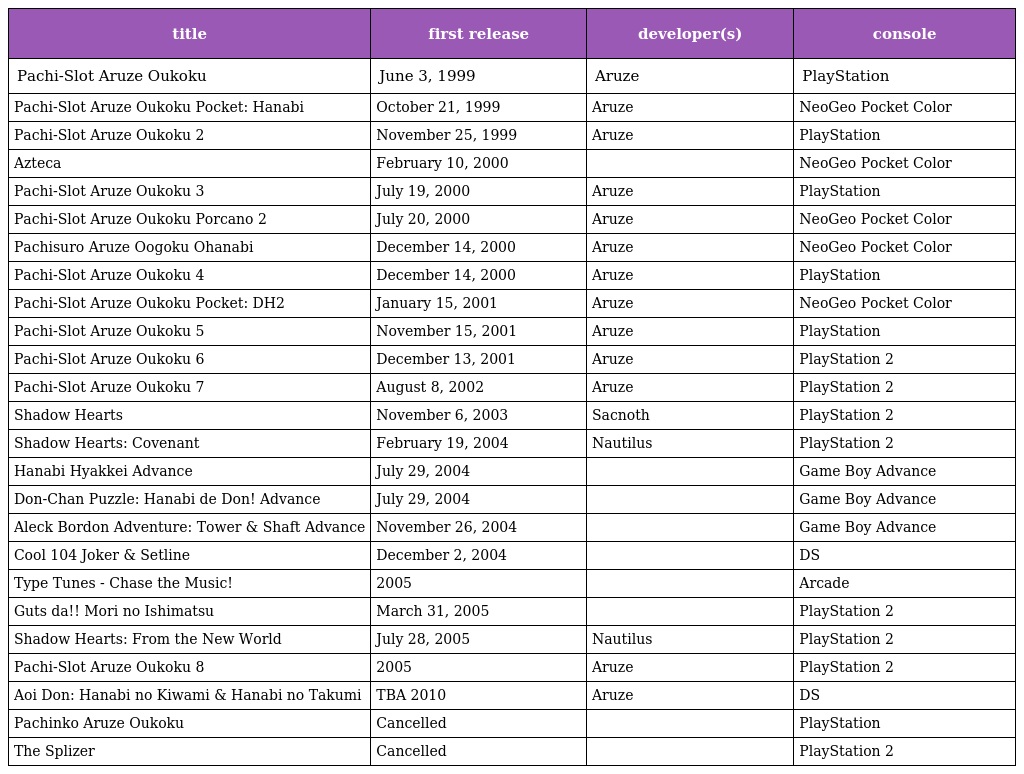
| title | first release | developer(s) | console |
 | --- | --- | --- | --- |
 | Pachi-Slot Aruze Oukoku | June 3, 1999 | Aruze | PlayStation |
 | Pachi-Slot Aruze Oukoku Pocket: Hanabi | October 21, 1999 | Aruze | NeoGeo Pocket Color |
 | Pachi-Slot Aruze Oukoku 2 | November 25, 1999 | Aruze | PlayStation |
 | Azteca | February 10, 2000 |  | NeoGeo Pocket Color |
 | Pachi-Slot Aruze Oukoku 3 | July 19, 2000 | Aruze | PlayStation |
 | Pachi-Slot Aruze Oukoku Porcano 2 | July 20, 2000 | Aruze | NeoGeo Pocket Color |
 | Pachisuro Aruze Oogoku Ohanabi | December 14, 2000 | Aruze | NeoGeo Pocket Color |
 | Pachi-Slot Aruze Oukoku 4 | December 14, 2000 | Aruze | PlayStation |
 | Pachi-Slot Aruze Oukoku Pocket: DH2 | January 15, 2001 | Aruze | NeoGeo Pocket Color |
 | Pachi-Slot Aruze Oukoku 5 | November 15, 2001 | Aruze | PlayStation |
 | Pachi-Slot Aruze Oukoku 6 | December 13, 2001 | Aruze | PlayStation 2 |
 | Pachi-Slot Aruze Oukoku 7 | August 8, 2002 | Aruze | PlayStation 2 |
 | Shadow Hearts | November 6, 2003 | Sacnoth | PlayStation 2 |
 | Shadow Hearts: Covenant | February 19, 2004 | Nautilus | PlayStation 2 |
 | Hanabi Hyakkei Advance | July 29, 2004 |  | Game Boy Advance |
 | Don-Chan Puzzle: Hanabi de Don! Advance | July 29, 2004 |  | Game Boy Advance |
 | Aleck Bordon Adventure: Tower & Shaft Advance | November 26, 2004 |  | Game Boy Advance |
 | Cool 104 Joker & Setline | December 2, 2004 |  | DS |
 | Type Tunes - Chase the Music! | 2005 |  | Arcade |
 | Guts da!! Mori no Ishimatsu | March 31, 2005 |  | PlayStation 2 |
 | Shadow Hearts: From the New World | July 28, 2005 | Nautilus | PlayStation 2 |
 | Pachi-Slot Aruze Oukoku 8 | 2005 | Aruze | PlayStation 2 |
 | Aoi Don: Hanabi no Kiwami & Hanabi no Takumi | TBA 2010 | Aruze | DS |
 | Pachinko Aruze Oukoku | Cancelled |  | PlayStation |
 | The Splizer | Cancelled |  | PlayStation 2 |